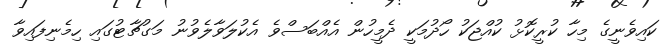
ކައިވެނީގެ މިހާ ކުރީކޮޅު ކުއްޖަކު ހޯދުމަކީ ދެމީހުން އެއްބަސްވެ އެކުލަވާލެވުނު މަގުޗާޓުގައި ހިމެނިފައިވާ